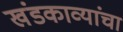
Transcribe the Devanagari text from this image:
खंडकाव्यांचा